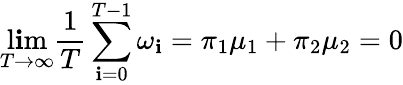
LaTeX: \operatorname*{l\mathbf{i}m}_{T\rightarrow\infty}\frac{{1}}{{T}}\sum_{\mathbf{i}=0}^{T-1}\omega_{\mathbf{i}}=\pi_{1}\mu_{1}+\pi_{2}\mu_{2}=0